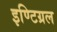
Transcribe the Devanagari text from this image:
इण्टिग्रल